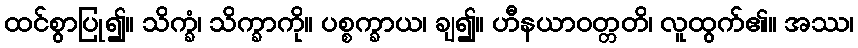
ထင်စွာပြု၍။ သိက္ခံ၊ သိက္ခာကို။ ပစ္စက္ခာယ၊ ချ၍။ ဟီနယာဝတ္တတိ၊ လူထွက်၏။ အဿ၊